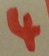
Text: 4